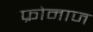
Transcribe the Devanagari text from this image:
फ्रोमाज